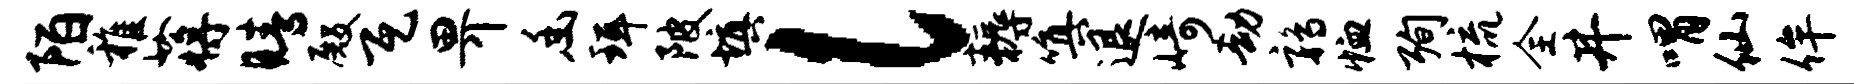
陌稚蒋睛殿瓦畀幽珥陂填l耨嗔退崎劫鹑恤殉梳全井喟仙侔